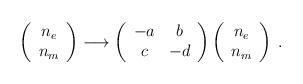
LaTeX: \begin{align*}\left( \begin{array}{c} n_{e} \\ n_{m} \end{array} \right) \longrightarrow \left( \begin{array}{cc} -a & b \\ c & -d \end{array} \right)\left( \begin{array}{c} n_{e} \\ n_{m} \end{array} \right) \: .\end{align*}